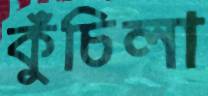
কুঁচিলা